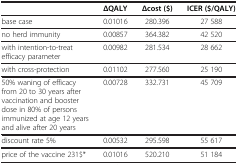
<table><thead><tr><td><b> </b></td><td><b>ΔQALY</b></td><td><b>Δcost ($)</b></td><td><b>ICER ($/QALY)</b></td></tr></thead><tbody><tr><td>base case</td><td>0.01016</td><td>280.396</td><td>27 588</td></tr><tr><td>no herd immunity</td><td>0.00857</td><td>364.382</td><td>42 520</td></tr><tr><td>with intention-to-treat efficacy parameter</td><td>0.00982</td><td>281.534</td><td>28 662</td></tr><tr><td>with cross-protection</td><td>0.01102</td><td>277.560</td><td>25 190</td></tr><tr><td>50% waning of efficacy from 20 to 30 years after vaccination and booster dose in 80% of persons immunized at age 12 years and alive after 20 years</td><td>0.00728</td><td>332.731</td><td>45 709</td></tr><tr><td>discount rate 5%</td><td>0.00532</td><td>295.598</td><td>55 617</td></tr><tr><td>price of the vaccine 231$*</td><td>0.01016</td><td>520.210</td><td>51 184</td></tr></tbody></table>